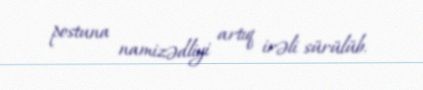
postuna namizədliyi artıq irəli sürülüb.